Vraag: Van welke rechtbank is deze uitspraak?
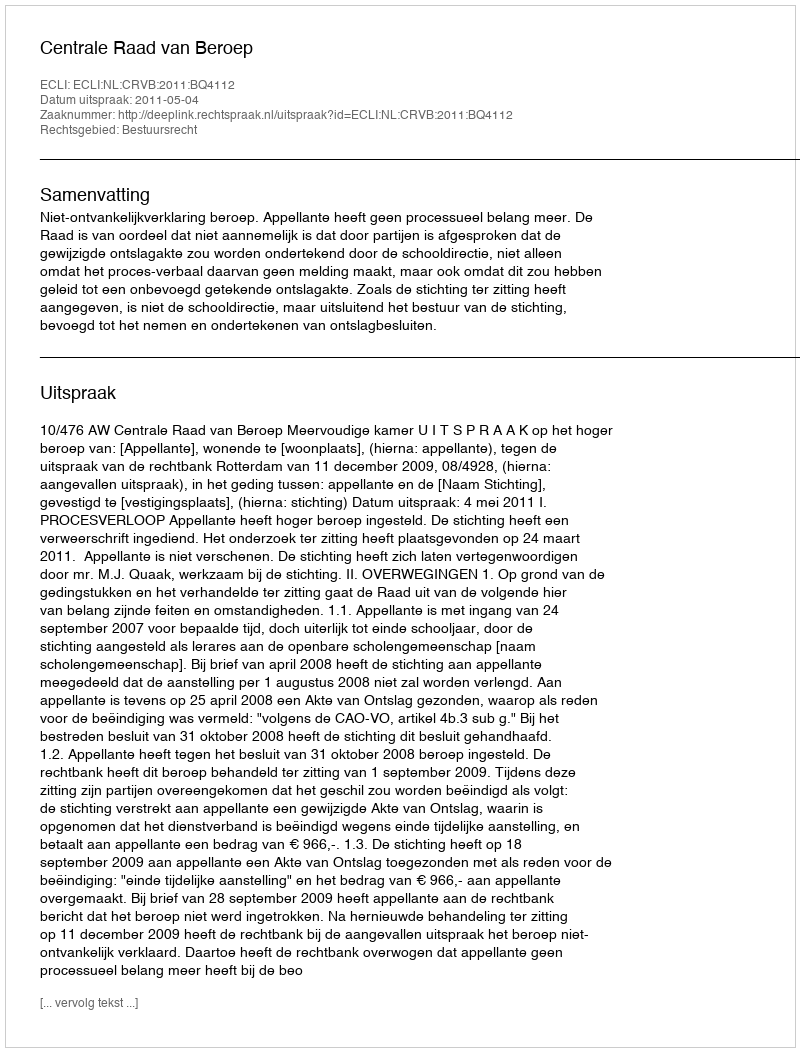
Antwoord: Centrale Raad van Beroep